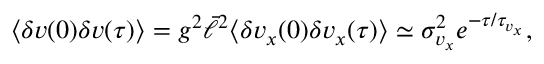
\begin{array} { r } { \langle \delta v ( 0 ) \delta v ( \tau ) \rangle = g ^ { 2 } \bar { \ell } ^ { 2 } \langle \delta v _ { x } ( 0 ) \delta v _ { x } ( \tau ) \rangle \simeq \sigma _ { v _ { x } } ^ { 2 } e ^ { - \tau / \tau _ { v _ { x } } } , } \end{array}